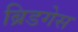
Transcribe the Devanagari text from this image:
ब्रिडगेस